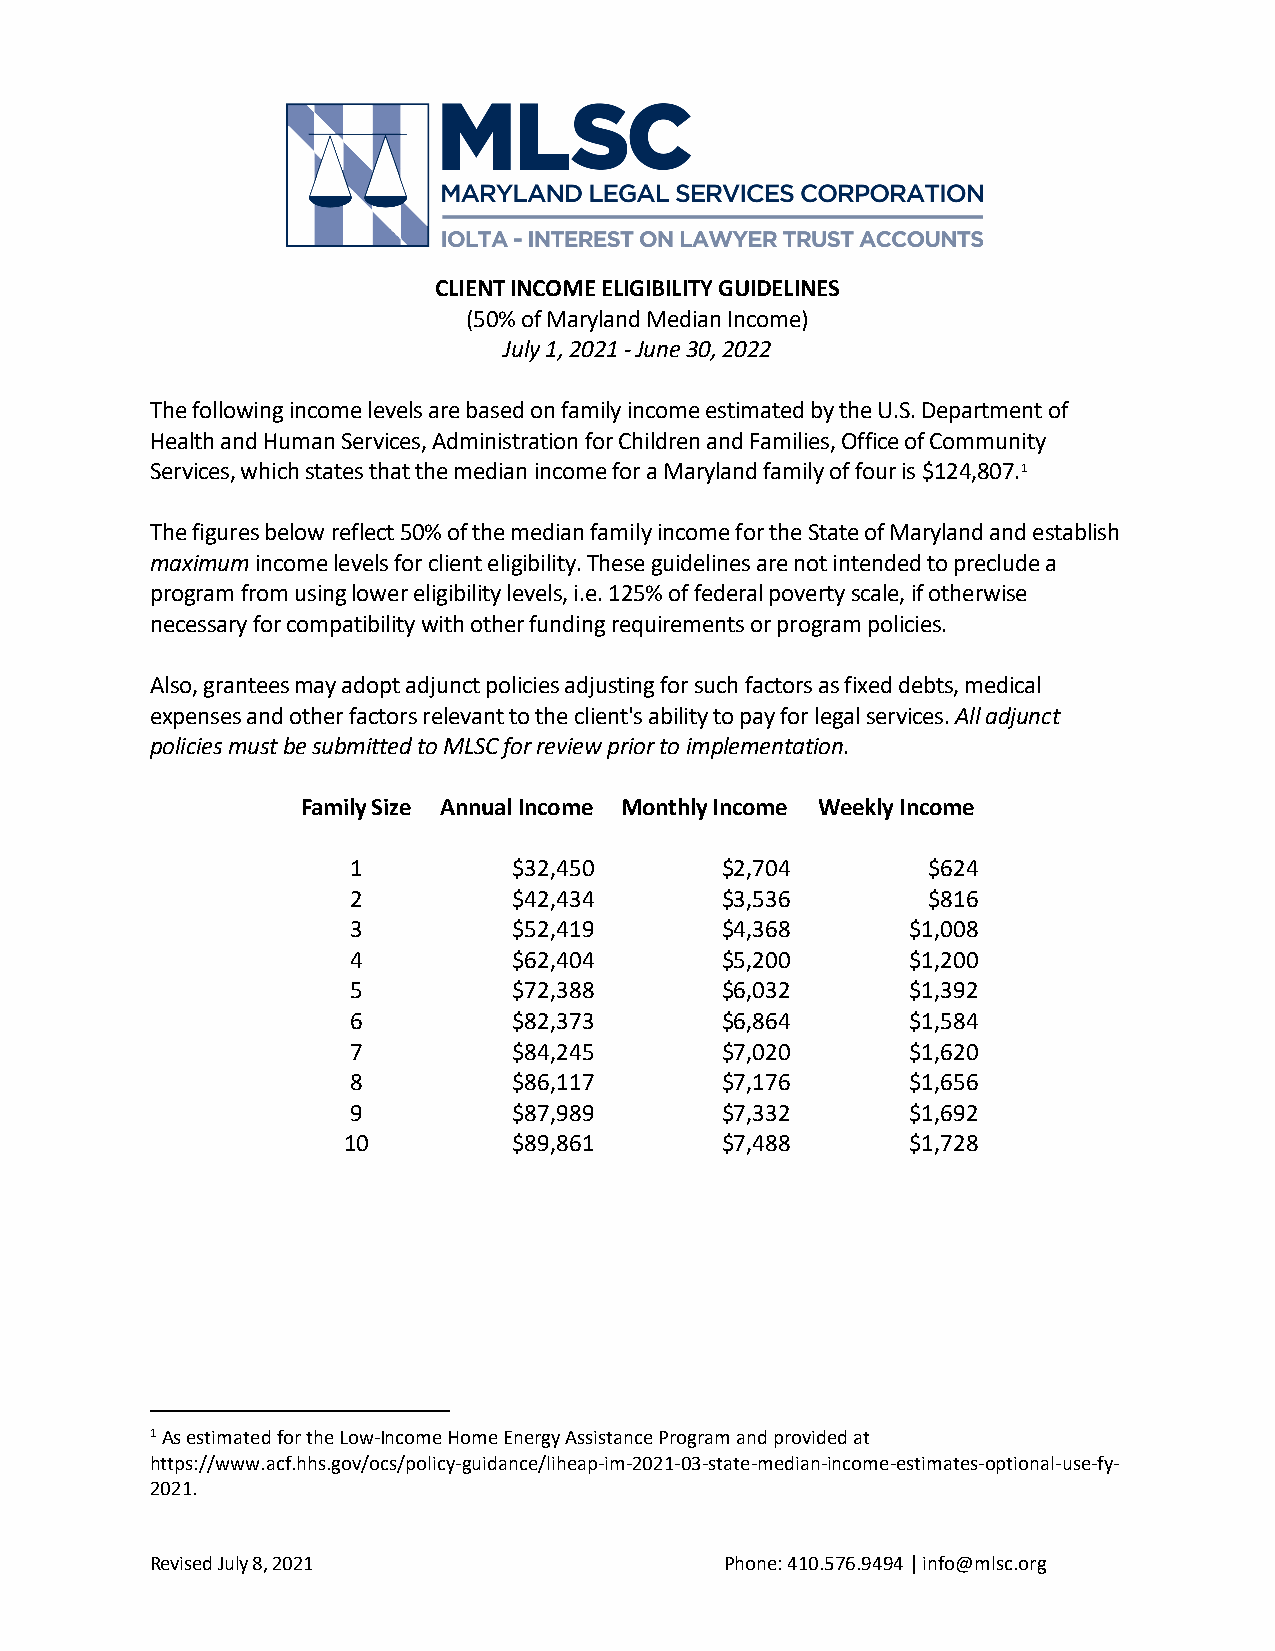
CLIENT INCOME ELIGIBILITY GUIDELINES
 (50% of Maryland Median Income)
 July 1, 2021 - June 30, 2022
 The following income levels are based on family income estimated by the U.S. Department of
 Health and Human Services, Administration for Children and Families, Office of Community
 Services, which states that the median income for a Maryland family of four is $124,807.1
 The figures below reflect 50% of the median family income for the State of Maryland and establish
 maximum income levels for client eligibility. These guidelines are not intended to preclude a
 program from using lower eligibility levels, i.e. 125% of federal poverty scale, if otherwise
 necessary for compatibility with other funding requirements or program policies.
 Also, grantees may adopt adjunct policies adjusting for such factors as fixed debts, medical
 expenses and other factors relevant to the client's ability to pay for legal services. All adjunct
 policies must be submitted to MLSC for review prior to implementation.
 Family Size Annual Income Monthly Income Weekly Income
 1          $32,450       $2,704       $624
 2          $42,434       $3,536       $816
 3          $52,419       $4,368      $1,008
 4          $62,404       $5,200      $1,200
 5          $72,388       $6,032      $1,392
 6          $82,373       $6,864      $1,584
 7          $84,245       $7,020      $1,620
 8          $86,117       $7,176      $1,656
 9          $87,989       $7,332      $1,692
 10         $89,861       $7,488      $1,728
 1 As estimated for the Low-Income Home Energy Assistance Program and provided at
 https://www.acf.hhs.gov/ocs/policy-guidance/liheap-im-2021-03-state-median-income-estimates-optional-use-fy-
 2021.
 Revised July 8, 2021                  Phone: 410.576.9494 | info@mlsc.org